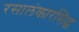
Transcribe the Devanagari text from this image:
रसालंकारसिद्ध